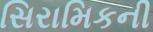
સિરામિકની